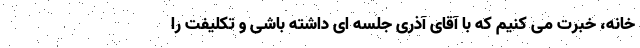
خانه، خبرت می کنیم که با آقای آذری جلسه ای داشته باشی و تکلیفت را